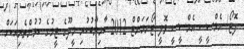
ފޮޓޯ/ އެމްސީސީ އެމްސީސީ ވޮލީ ޓޯނަމަންޓް 2012 ކާމިޔާބުކުރި މީދޫގެ ޓީމުގެ ކުޅުންތެރިއަކަށް